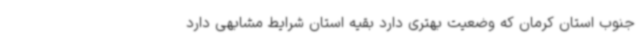
جنوب استان کرمان که وضعیت بهتری دارد بقیه استان شرایط مشابهی دارد